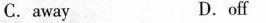
C. away D.off